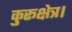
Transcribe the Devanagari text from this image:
कुरूक्षेत्र।